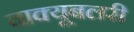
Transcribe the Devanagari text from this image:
वाक्यूबलरी